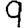
Digit: 9